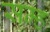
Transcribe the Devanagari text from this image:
सम्ह